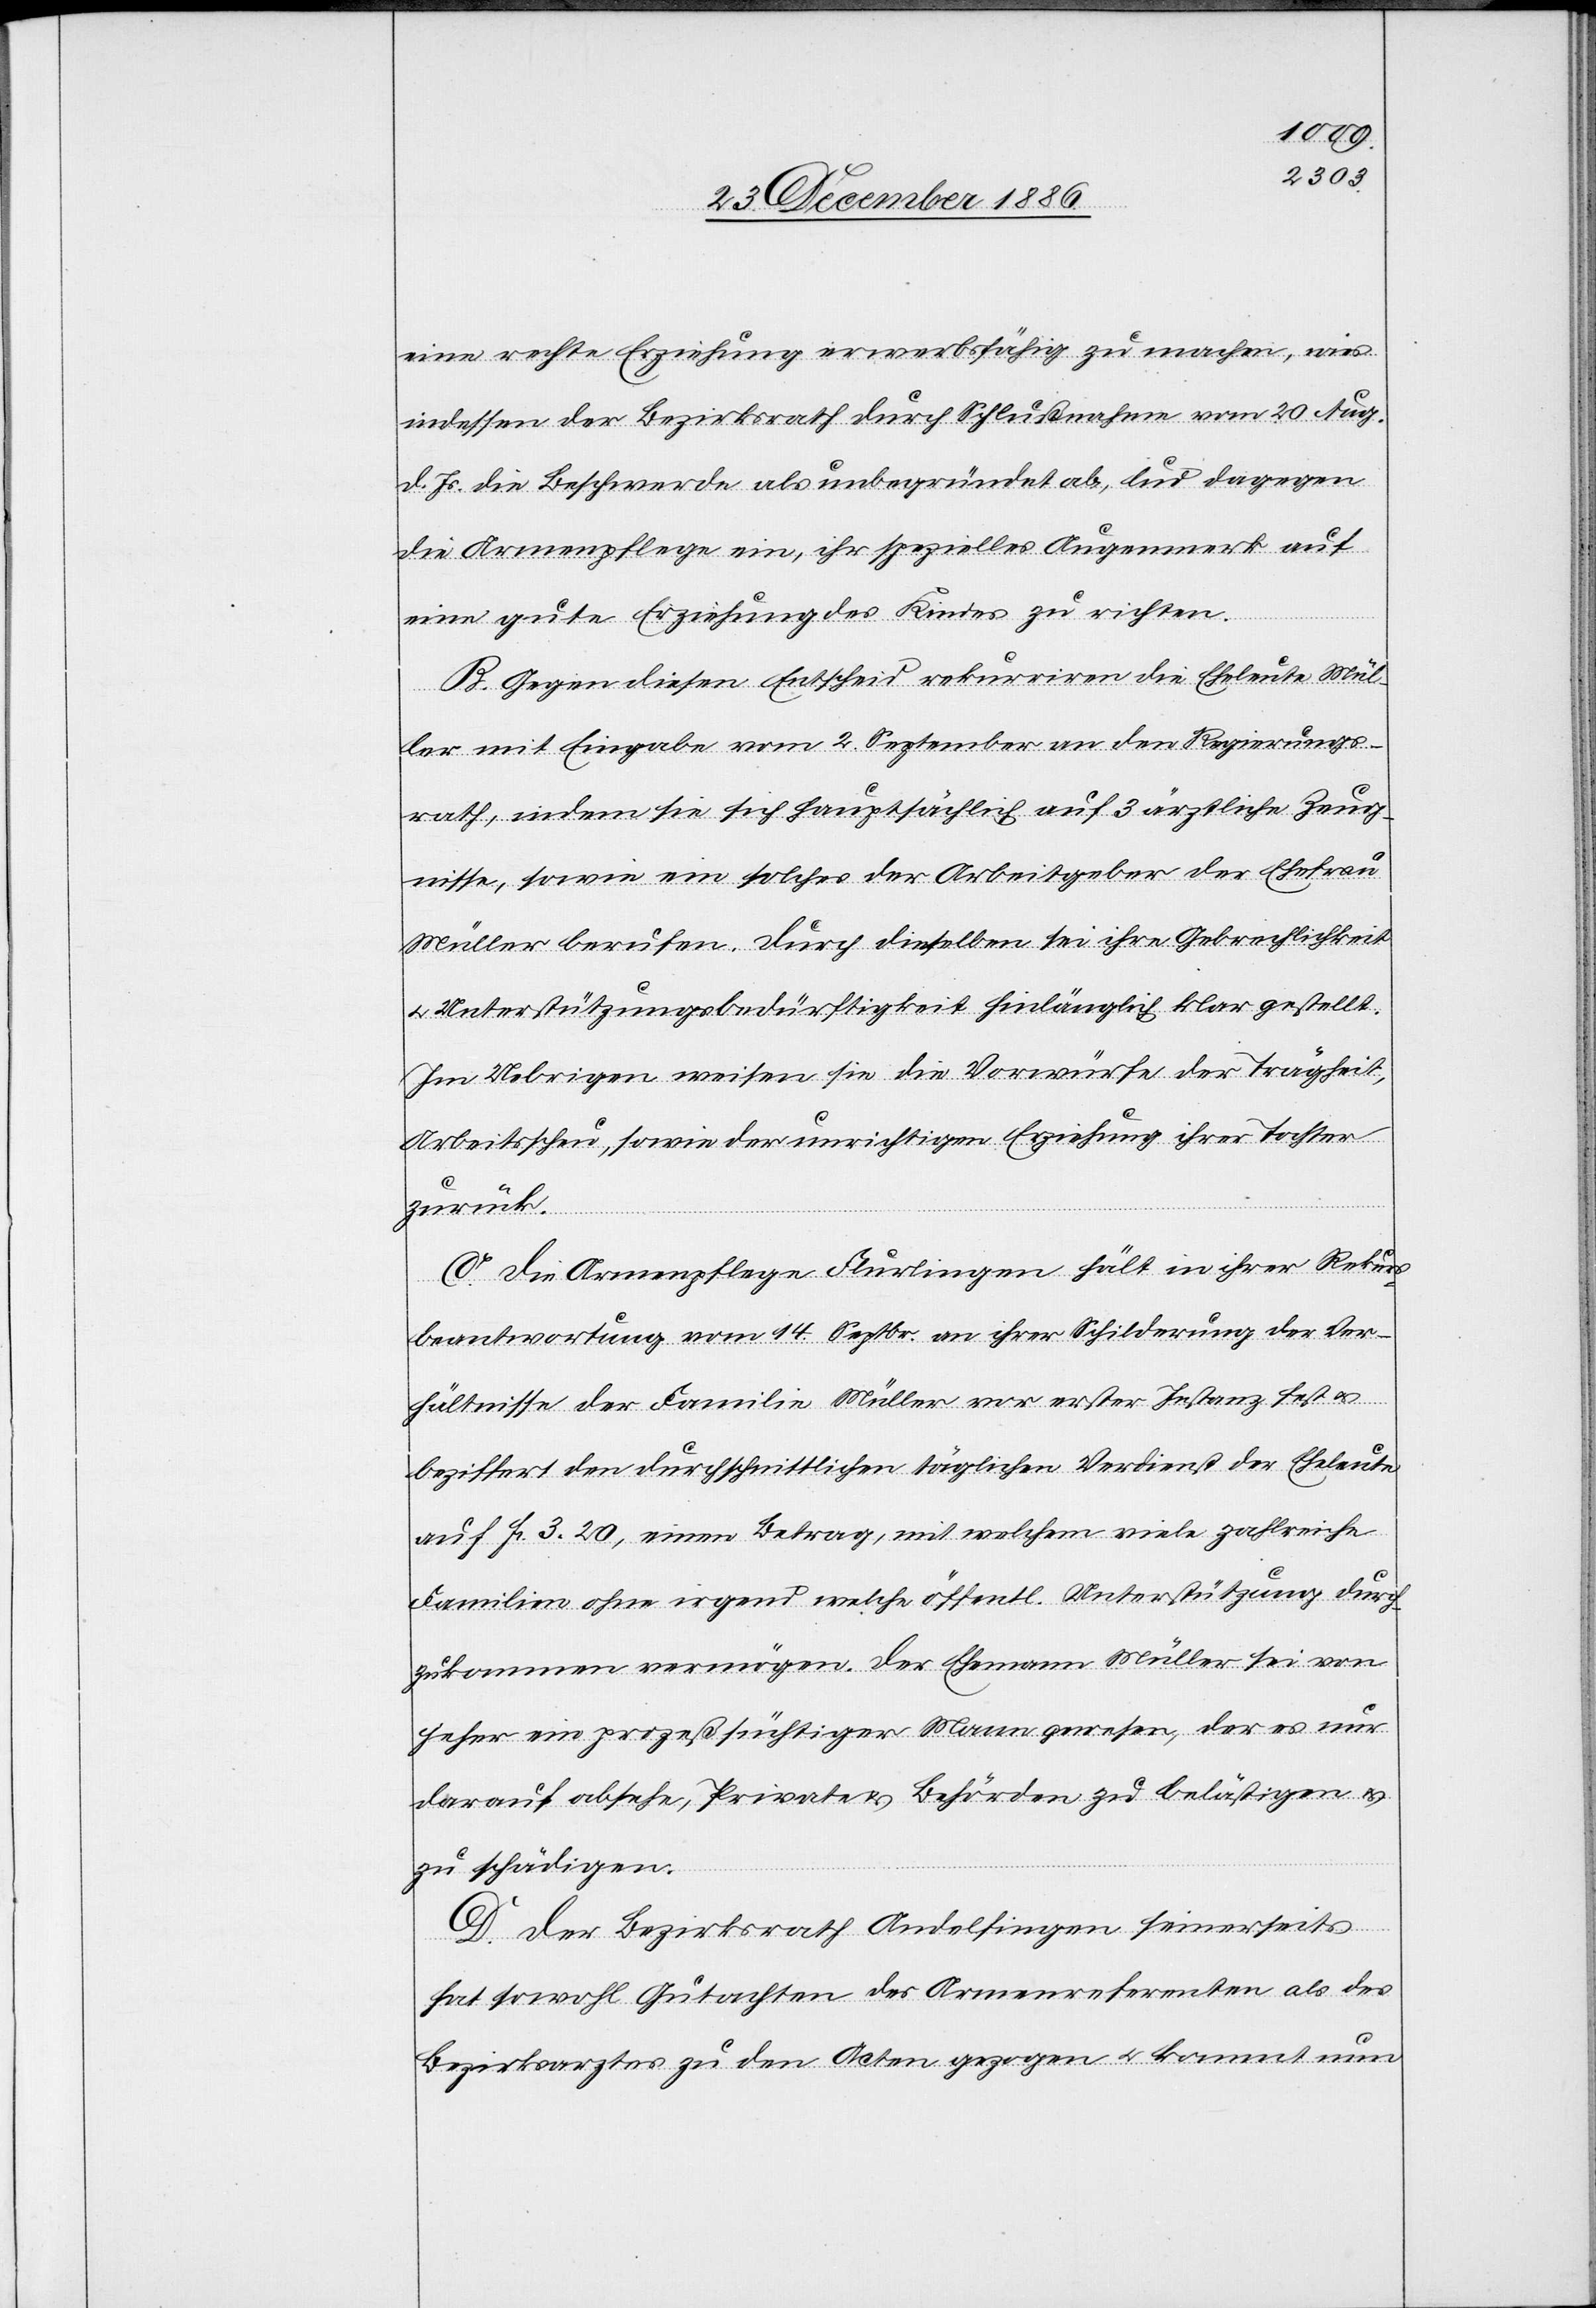
eine rechte Erziehung erwerbsfähig zu machen, wies
indessen der Bezirksrath durch Schlußnahme vom 20. Aug.
d. Js. die Beschwerde als unbegründet ab, lud dagegen
die Armenpflege ein, ihr spezielles Augenmerk auf
eine gute Erziehung des Kindes zu richten.
B. Gegen diesen Entscheid rekurriren die Eheleute Mül¬
ler mit Eingabe vom 2. September an den Regierungs¬
rath, indem sie sich hauptschlich auf 3 ärztliche Zeug¬
nisse, sowie ein solches der Arbeitgeber der Ehefrau
Müller berufen. Durch dieselben sei ihre Gebrechlichkeit
& Unterstützungsbedürftigkeit hinlänglich klar gestellt.
Im Uebrigen weisen sie die Vorwürfe der Trägheit,
Arbeitsscheu, sowie der unrichtigen Erziehung ihrer Tochter
zurück.
C. Die Armenpflege Flurlingen hält in ihrer Rekurs¬
beantwortung vom 14. Septbr. an ihrer Schilderung der Ver¬
hältnisse der Familie Müller vor erster Instanz fest &
beziffert den durchschnittlichen täglichen Verdienst der Eheleute
auf Fr. 3 20, einen Betrag, mit welchem viele zahlreiche
Familien ohne irgend welche öffentl. Unterstützung durch¬
zukommen vermögen. Der Ehemann Müller sei von
jeher ein prozeßsüchtiger Mann gewesen, der es nur
darauf absehe, Private & Behörden zu belästigen &
zu schädigen.
D. Der Bezirksrath Andelfingen seinerseits
hat sowohl Gutachten des Armenreferenten als des
Bezirksarztes zu den Acten gezogen & kommt nun